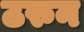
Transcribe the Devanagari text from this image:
ठरुन